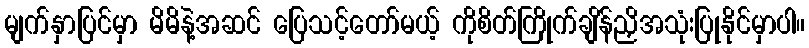
မျက်နှာပြင်မှာ မိမိနဲ့အဆင် ပြေသင့်တော်မယ့် ကိုစိတ်ကြိုက်ချိန်ညှိအသုံးပြုနိုင်မှာပါ။